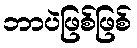
ဘာပဲဖြစ်ဖြစ်